Scottish Leaving Certificate Examination, 1957
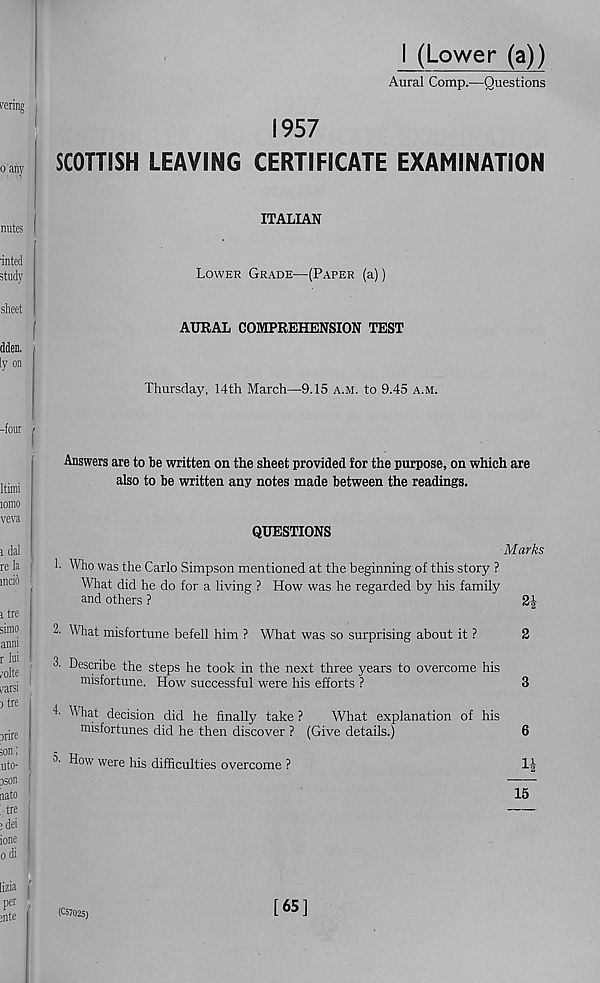
I (Lower (a))
Aural Comp.—Questions
1957
SCOTTISH LEAVING CERTIFICATE EXAMINATION
ITALIAN
Lower Grade—(Paper (a))
AURAL COMPREHENSION TEST
Thursday, 14th March—9.15 a.m. to 9.45 a.m.
Answers are to be written on the sheet provided for the purpose, on which are
also to be written any notes made between the readings.
QUESTIONS
1. Who was the Carlo Simpson mentioned at the beginning of this story ?
What did he do for a living ? How was he regarded by his family
and others ?
What misfortune befell him ? What was so surprising about it ?
3. Describe the steps he took in the next three years to overcome his
misfortune. How successful were his efforts ?
C What decision did he finally take ?
What explanation of his
misfortunes did he then discover ? (Give details.)
a. How were his difficulties overcome ?
Marks
6
H
15
(C57025)
[65]